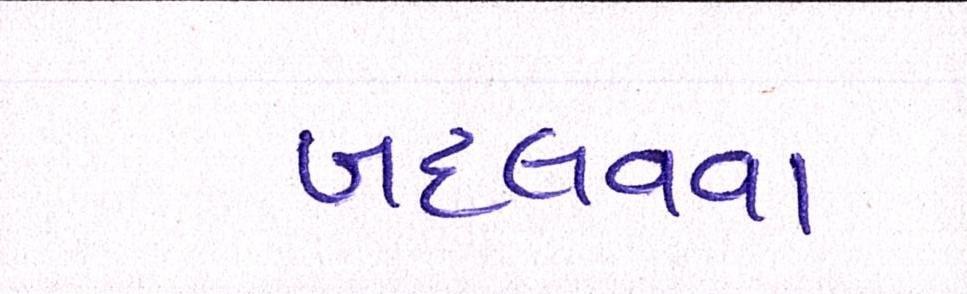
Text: બદલવવા